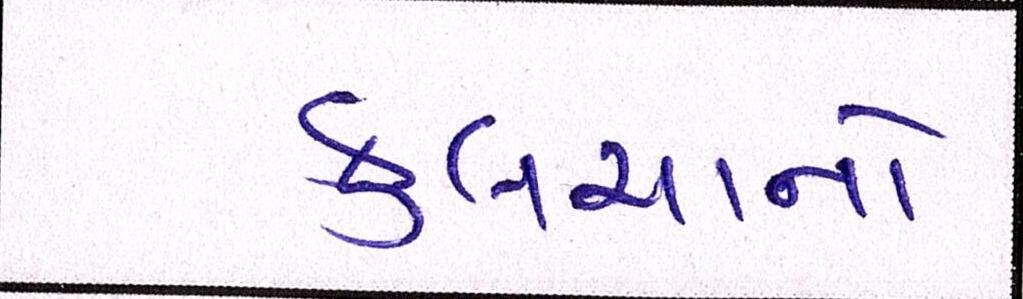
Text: કુલચાનો